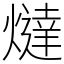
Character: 燵